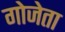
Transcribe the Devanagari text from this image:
गोजेता